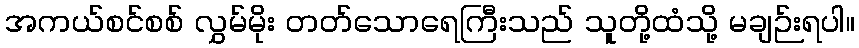
အကယ်စင်စစ် လွှမ်မိုး တတ်သောရေကြီးသည် သူတို့ထံသို့ မချဉ်းရပါ။